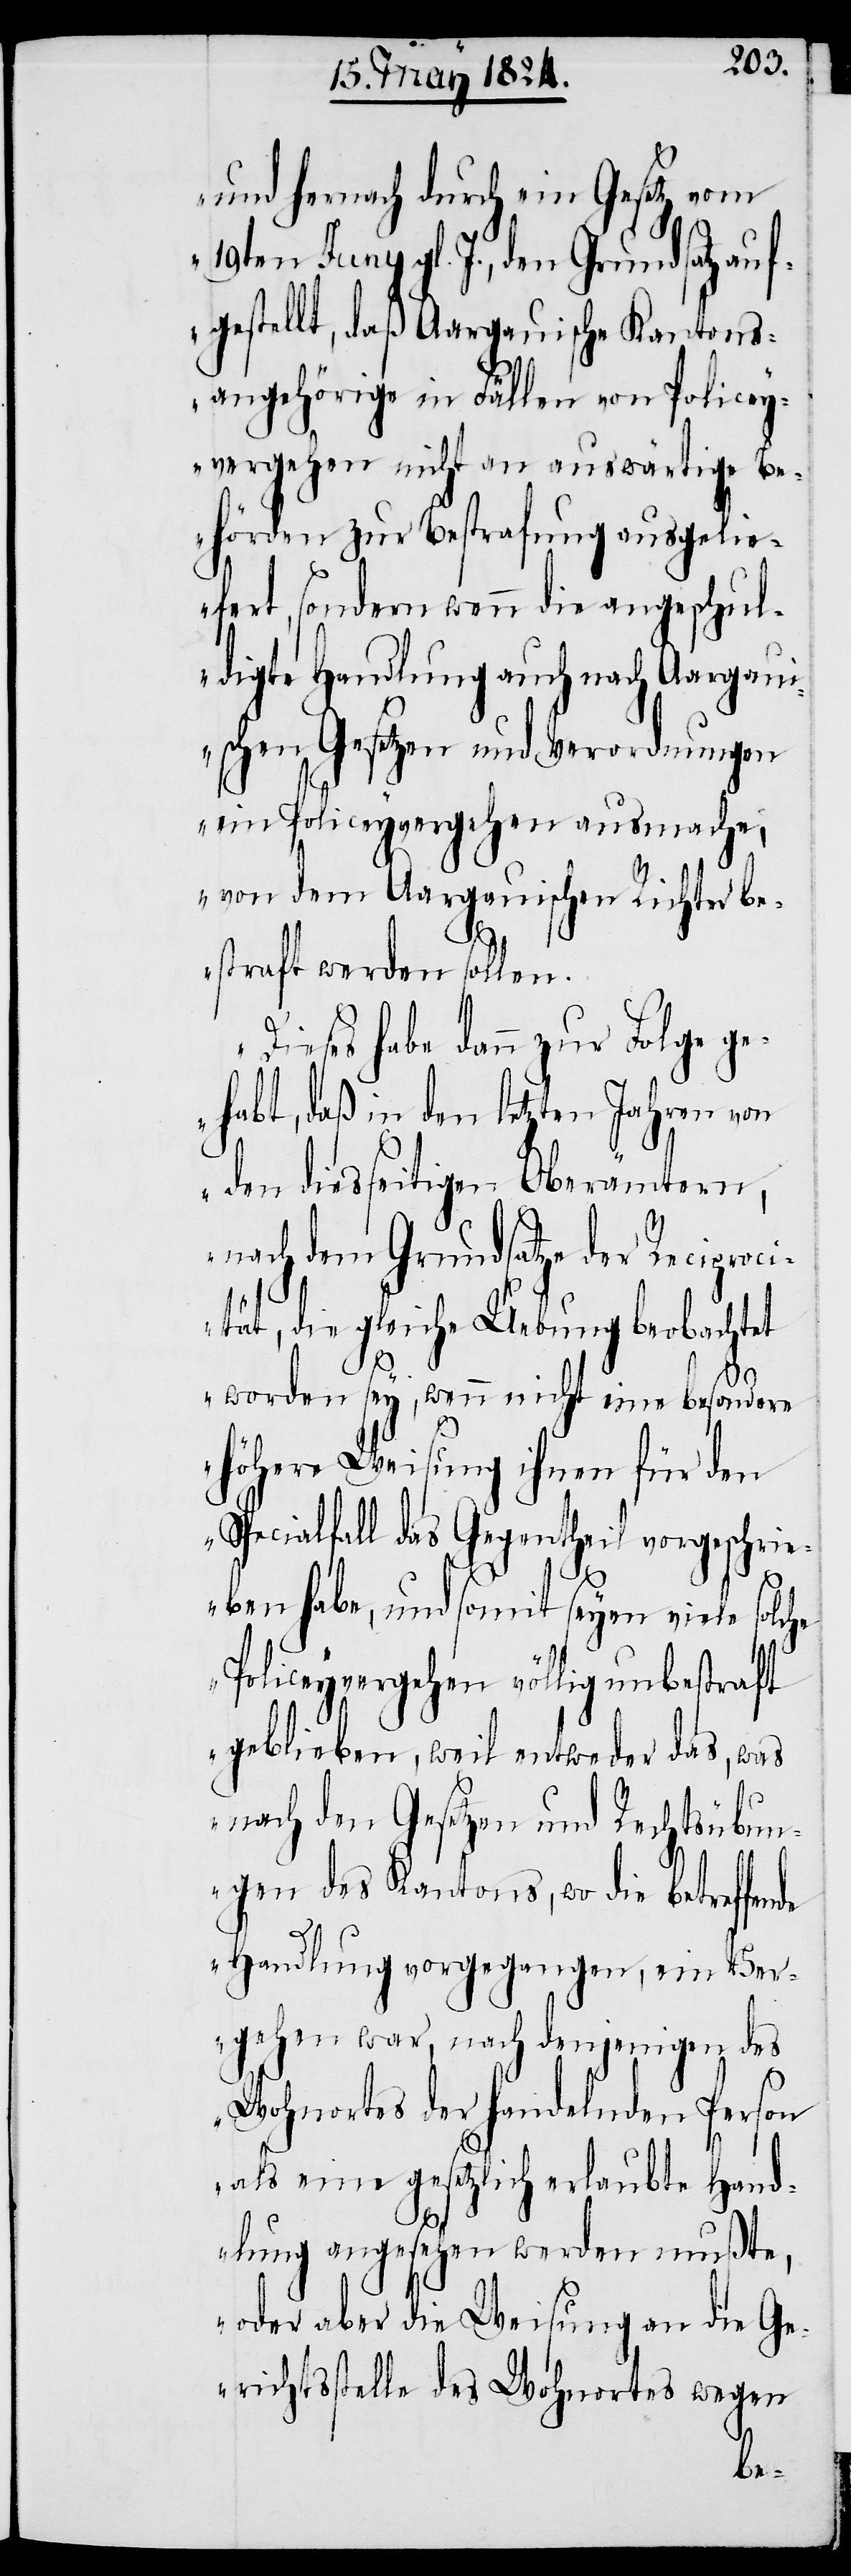
und hernach durch ein Gesetz vom
Juny gl. J., den Grundsatz auf¬
gestellt, daß Aargauische Kantons¬
angehörige in Fällen von Policey¬
vergehen nicht an auswärtige Be¬
hörden zur Bestrafung ausgelie¬
fert, sondern wenn die angeschul¬
digte Handlung auch nach Aargau¬
ischen Gesetzen und Verordnungen
ein Policeyvergehen ausmache,
von dem Aargauischen Richter be¬
straft werden sollen.
Dieses habe dann zur Folge g¬
ehabt, daß in den letzten Jahren von
den diesseitigen Oberämtern,
nach dem Grundsatze der Reciproci¬
tät, die gleiche Uebung beobachtet
worden sey, wenn nicht eine besondere
höhere Weisung ihnen für den
Specialfall das Gegentheil vorgeschri¬
de
eben habe, und somit seyen viele solche
Policeyvergehen völlig unbestraft
geblieben, weil entweder das, was
nach den Gesetzen und Rechtsübun¬
gen des Kantons, wo die betreffen¬
Handlung vorgegangen, ein Ver¬
gehen war, nach denjenigen des
Wohnortes der handelnden Person
als eine gesetzlich erlaubte Hand¬
lung angesehen werden mußte,
oder aber die Weisung an die Ge¬
richtsstelle des Wohnortes wegen